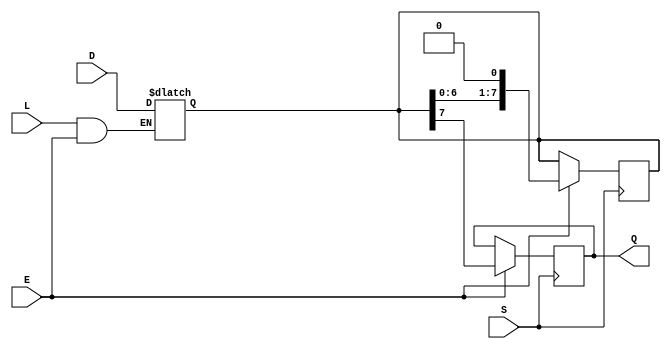
module async_piso_register (
    input wire [7:0] D,     // Parallel data input (8 bits)
    input wire L,           // Load signal (active high)
    input wire S,           // Shift signal (active high)
    input wire E,           // Enable signal (active high)
    output reg Q            // Serial output
);

    reg [7:0] shift_reg;    // Internal shift register to hold the data

    // Asynchronous load on the Load signal (active high)
    always @(*) begin
        if (L && E) begin
            shift_reg <= D;   // Load the data into the shift register
        end
    end

    // Shift operation on the Shift signal (active high)
    always @(posedge S) begin
        if (E) begin
            Q <= shift_reg[7]; // Output the MSB to Q
            shift_reg <= {shift_reg[6:0], 1'b0}; // Shift left
        end
    end
endmodule